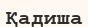
Қадиша